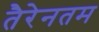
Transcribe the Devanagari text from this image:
तैरेनतम